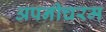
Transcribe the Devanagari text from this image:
अपनीचरम